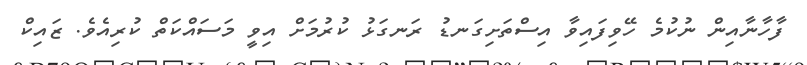
ފާހާނާއިން ނުކުމެ ހޭވިފައިވާ އިސްތަށިގަނޑު ރަނގަޅު ކުރުމަށް އިވީ މަސައްކަތް ކުރިއެވެ. ޒައިކް